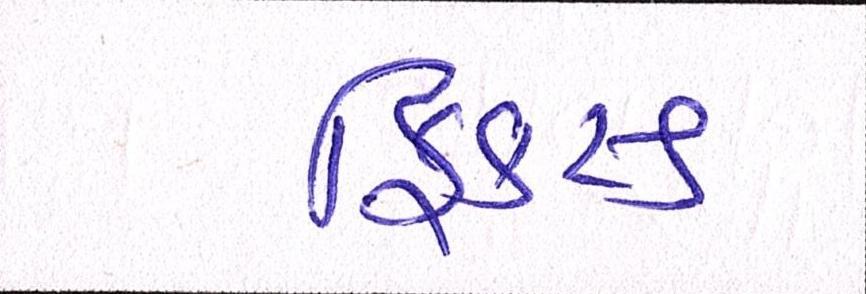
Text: ફિકસ્ડ